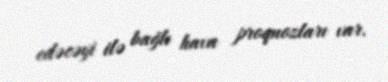
edəcəyi ilə bağlı hava proqnozları var.